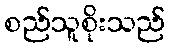
စည်သူစိုးသည်